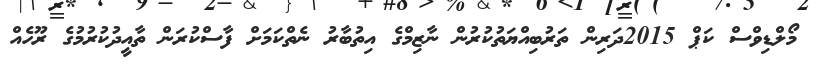
މޯލްޑިވްސް ކަޕް 2015ދަރިން ތަރުބިއްޔަތުކުރުން ނާޒިމްގެ އިތުބާރު ނެތްކަމަށް ފާސްކުރަން ތާއީދުކުރުމުގެ ރޫހެއް